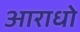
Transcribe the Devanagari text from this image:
आराधो